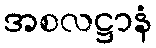
အစလဋ္ဌာနံ